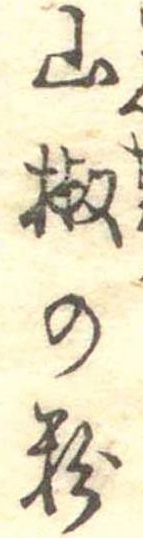
山椒の粉